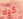
كيلا